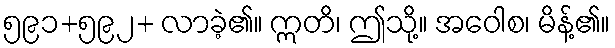
၅၉၁+၅၉၂+ လာခဲ့၏။ ဣတိ၊ ဤသို့။ အဝေါစ၊ မိန့်၏။